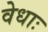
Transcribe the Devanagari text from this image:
वेधाः